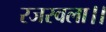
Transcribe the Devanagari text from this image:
रजस्वला।।